Vaccine operations Central Provinces 1886-1899 - 1886-1899
Year: 1886
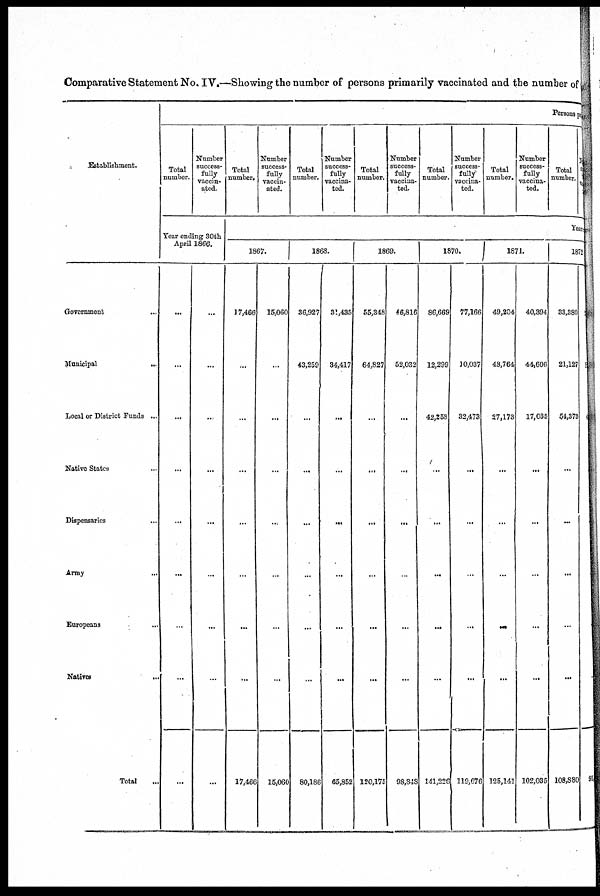
Comparative Statement No.IV.—Showing the number of persons primarily vaccinated and the number of
Establishment.
Government …
Municipal
...
Local or District Funds ...
Native States …
Dispensaries …
Army
...
Europeans …
Natives …
Total
...
Persons pr
Total
number.
Number
success-
fully
vaccin-
ated.
Year ending 30th
April 1866.
...
...
...
...
...
...
...
...
…
…
...
..
…
...
...
...
...
...
Total
number.
Number
success-
fully
vaccin-
ated.
Total
number.
Number
success-
fully
vaccina-
ted.
Total
number.
Number
success-
fully
vaccina-
ted.
Total
number.
Number
success¬
full^
vaccina-
ted.
Total
number.
Number
success-
fully
vaccina-
ted.
Total
number.
Years
1867.
17,466
...
...
...
...
...
…
...
17,466
15,060
...
...
...
...
...
...
...
15,060
1868.
36,927
43,259
...
...
...
...
...
...
80,186
31,435
34,417
...
...
...
...
...
...
65,852
1869.
55,348
64,827
…
...
...
...
...
...
120,175
46,816
52,032
...
...
…
...
...
...
98,848
1870.
86,669
12,299
42,253
…
...
...
...
...
141,226
77,166
10,037
32,473
...
...
...
...
...
119,676
1871.
49,204
48,764
27,173
...
...
...
...
...
125,141
40,394
44,606
17,035
...
...
...
...
...
102,035
1872
33,880
21,127
54,373
...
...
...
...
...
108,880
1
1
1
..
91